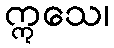
ဣသေ၊